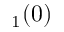
_ 1 ( 0 )